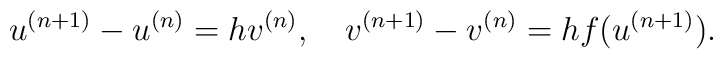
u^{(n+1)}-u^{(n)}=hv^{(n)}, \quad v^{(n+1)}-v^{(n)}=hf(u^{(n+1)}).